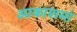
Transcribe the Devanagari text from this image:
आकाशमां